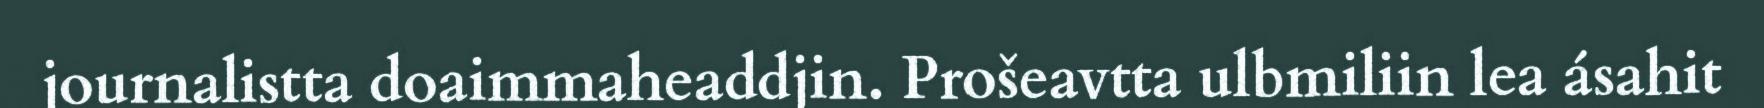
journalistta doaimmaheaddjin. Prošeavtta ulbmiliin lea ásahit